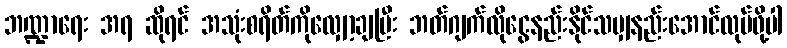
ဘဏ္ဍာရေး အရ ဆိုရင် အသုံးစရိတ်ကိုလျှော့ချပြီး ဘတ်ဂျက်လိုငွေနည်းနိုင်သမျှနည်းအောင်လုပ်ဖို့ပါ